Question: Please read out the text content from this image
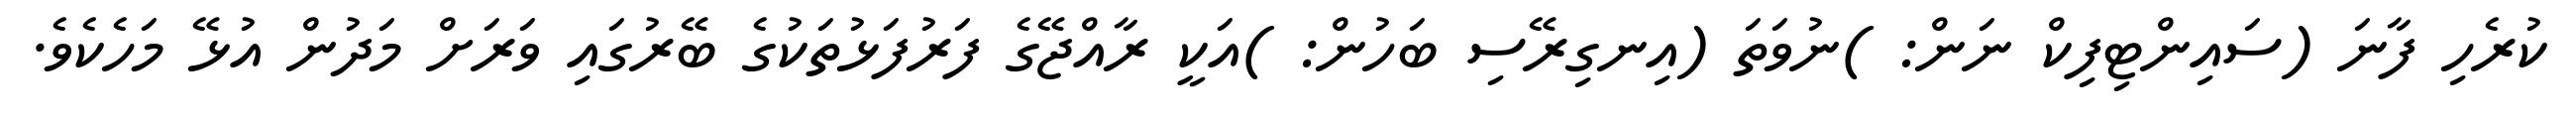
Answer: ކުރެހި ފާނަ (ސައިންޓިފިކް ނަން: )ނުވަތަ (އިނގިރޭސި ބަހުން: )އަކީ ރާއްޖޭގެ ފަރުފަޅުތަކުގެ ބޭރުގައި ވަރަށް މަދުން އުޅޭ މަހެކެވެ.